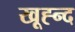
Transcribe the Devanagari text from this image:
खूह्न्द